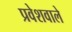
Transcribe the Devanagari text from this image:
प्रवेशवाले